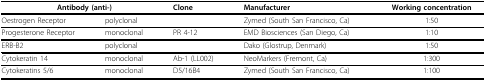
| <COLSPAN=2> Antibody (anti-) | Clone | Manufacturer | Working concentration |
 | --- | --- | --- | --- | --- |
 | Oestrogen Receptor | polyclonal |  | Zymed (South San Francisco, Ca) | 1:50 |
 | Progesterone Receptor | monoclonal | PR 4-12 | EMD Biosciences (San Diego, Ca) | 1:10 |
 | ERB-B2 | polyclonal |  | Dako (Glostrup, Denmark) | 1:50 |
 | Cytokeratin 14 | monoclonal | Ab-1 (LL002) | NeoMarkers (Fremont, Ca) | 1:300 |
 | Cytokeratins 5/6 | monoclonal | D5/16B4 | Zymed (South San Francisco, Ca) | 1:100 |